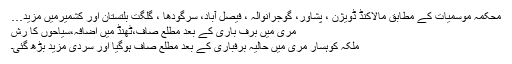
محکمہ موسميات کے مطابق مالاکنڈ ڈویژن ، پشاور، گوجرانوالہ ، فیصل آباد، سرگودھا ، گلگت بلتستان اور کشمیرمیں مزید…
مری میں برف باری کے بعد مطلع صاف،ٹھنڈ میں اضافہ،سیاحوں کا رش
ملکہ کوہسار مری میں حالیہ برفباری کے بعد مطلع صاف ہوگیا اور سردی مزید بڑھ گئی۔